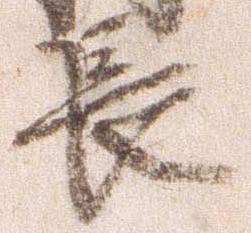
長